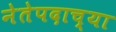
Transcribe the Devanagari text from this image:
नेतेपदाच्या